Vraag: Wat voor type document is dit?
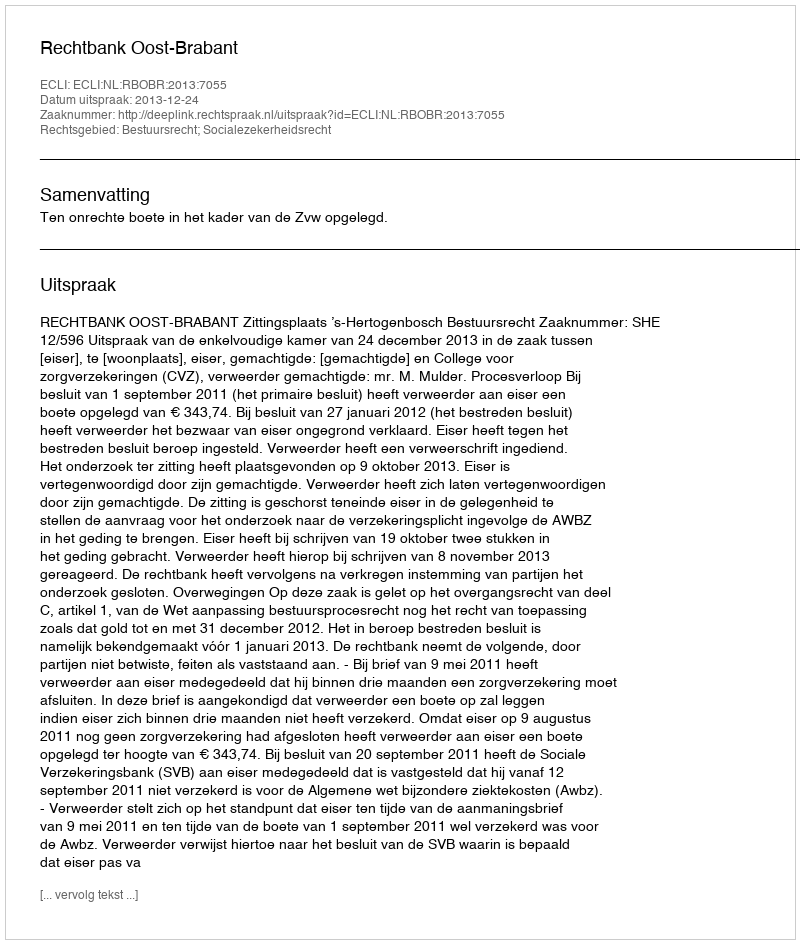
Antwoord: Uitspraak